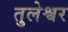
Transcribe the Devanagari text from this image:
तुलेश्वर